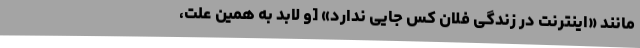
مانند «اینترنت در زندگی فلان کس جایی ندارد» [و لابد به همین علت،